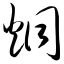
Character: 炯